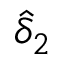
\hat { \delta } _ { 2 }